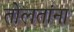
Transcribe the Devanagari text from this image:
तोलतांना